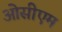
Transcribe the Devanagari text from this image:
ओसीएम